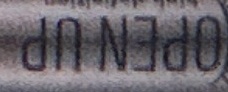
OPEN UP